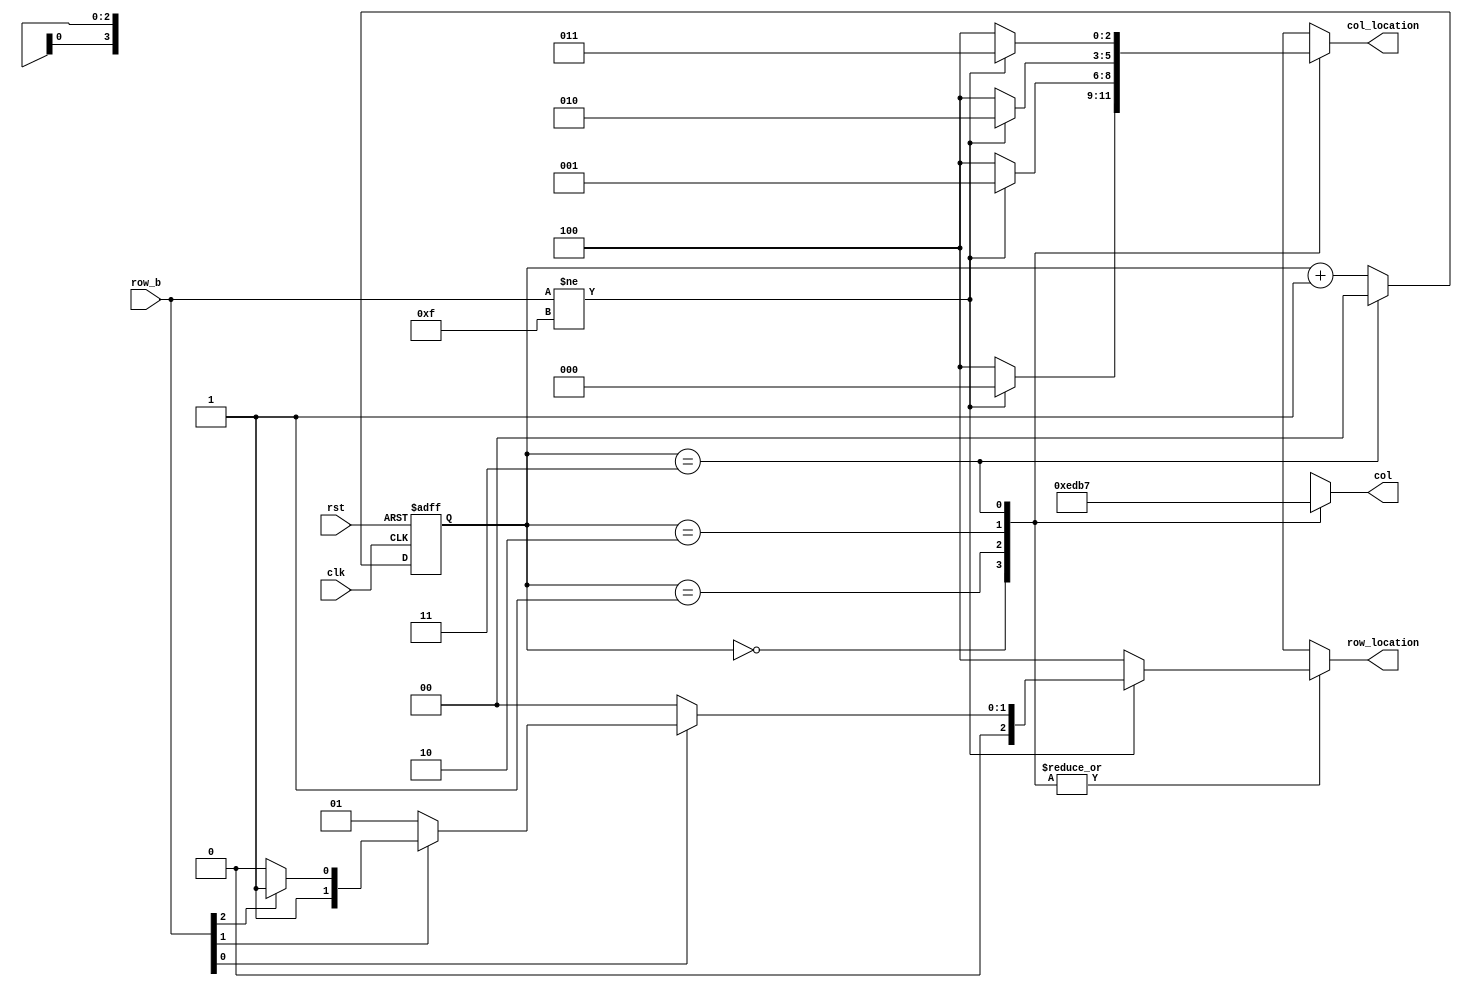
module keyboard_scan(clk,rst,row_b,col,row_location,col_location);	//clk,0
input clk,rst;
input [3:0] row_b;
output reg [3:0] col;
output reg [2:0] row_location,col_location;
wire [3:0] row;
reg [2:0] state;
reg [1:0] cnt;
wire clk_500k;
assign row=row_b;		//used for simulation only
//time_divider #(100,6) td_500k(clk,rst,clk_500k);
assign clk_500k=clk;
//debounce db0(clk,rst,row_b[0],row[0]);
//debounce db1(clk,rst,row_b[1],row[1]);
//debounce db2(clk,rst,row_b[2],row[2]);
//debounce db3(clk,rst,row_b[3],row[3]);
/*
//2.0
always@(posedge clk_500k or posedge rst)
begin
	if(rst) begin
		col<=4'b0000;
		state<=0;
		row_location<=3'b100;
		col_location<=3'b100;
	end
	else begin
	case(state)
	0:
	begin
		col<=4'b0000;
		if(row!=4'b0000)
		begin
			col<=4'b1110;
			state<=1;
		end
		else state<=0;
	end
	1:
	begin
		if(row!=4'b0000) state<=5;
		else begin
			col<=4'b1101;
			state<=2;
		end
	end
	2:
	begin
		if(row!=4'b0000) state<=5;
		else begin
			col<=4'b1011;
			state<=3;
		end
	end
	3:
	begin
		if(row!=4'b0000) state<=5;
		else begin
			col<=4'b0111;
			state<=4;
		end
	end
	4:
	begin
		if(row!=4'b0000) state<=5;
		else state<=0;
	end
	5:
	begin
		if(row!=4'b0000)
		begin
			if(row[0]==1) row_location<=3'b000;
			else if(row[1]==1) row_location<=3'b001;
			else if(row[2]==1) row_location<=3'b010;
			else row_location<=3'b011;
			if(col[0]==0) col_location<=3'b000;
			else if(col[1]==0) col_location<=3'b001;
			else if(col[2]==0) col_location<=3'b010;
			else col_location<=3'b011;
			state<=5;
		end
		else state<=0;
	end
	endcase
	end
end
*/

//1.0
always@(posedge clk_500k or posedge rst)
begin
	if(rst) cnt<=2'b00;
	else if(cnt==2'b11) cnt<=2'b00;
	else cnt<=cnt+1'b1;
end

always @(cnt or row)
begin
	case(cnt)
	2'b00:begin
		col<=4'b1110;
		if(row!=4'b1111) begin
			col_location<=3'b000;
		if(row[0]==0) 	row_location<=3'b000;
		else if(row[1]==0) row_location<=3'b001;
		else if(row[2]==0) row_location<=3'b010;
		else row_location<=3'b011;
		end
		else begin
		row_location<=3'b100;
		col_location<=3'b100;
		end
	end
	2'b01:begin
		col<=4'b1101;
		if(row!=4'b1111) begin
			col_location<=3'b001;
		if(row[0]==0) 	row_location<=3'b000;
		else if(row[1]==0) row_location<=3'b001;
		else if(row[2]==0) row_location<=3'b010;
		else row_location<=3'b011;
		end
		else begin
		row_location<=3'b100;
		col_location<=3'b100;
		end
	end
	2'b10:begin
		col<=4'b1011;
		if(row!=4'b1111) begin
			col_location<=3'b010;
		if(row[0]==0) 	row_location<=3'b000;
		else if(row[1]==0) row_location<=3'b001;
		else if(row[2]==0) row_location<=3'b010;
		else row_location<=3'b011;
		end
		else begin
		row_location<=3'b100;
		col_location<=3'b100;
		end
	end
	2'b11:begin
		col<=4'b0111;
		if(row!=4'b1111) begin
			col_location<=3'b011;
		if(row[0]==0)	row_location<=3'b000;
		else if(row[1]==0) row_location<=3'b001;
		else if(row[2]==0) row_location<=3'b010;
		else row_location<=3'b011;
		end
		else begin
		row_location<=3'b100;
		col_location<=3'b100;
		end
	end
	endcase
end


endmodule